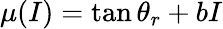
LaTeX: \mu(I)=\tan\theta_{r}+bI